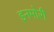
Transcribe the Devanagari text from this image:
इनमोरी